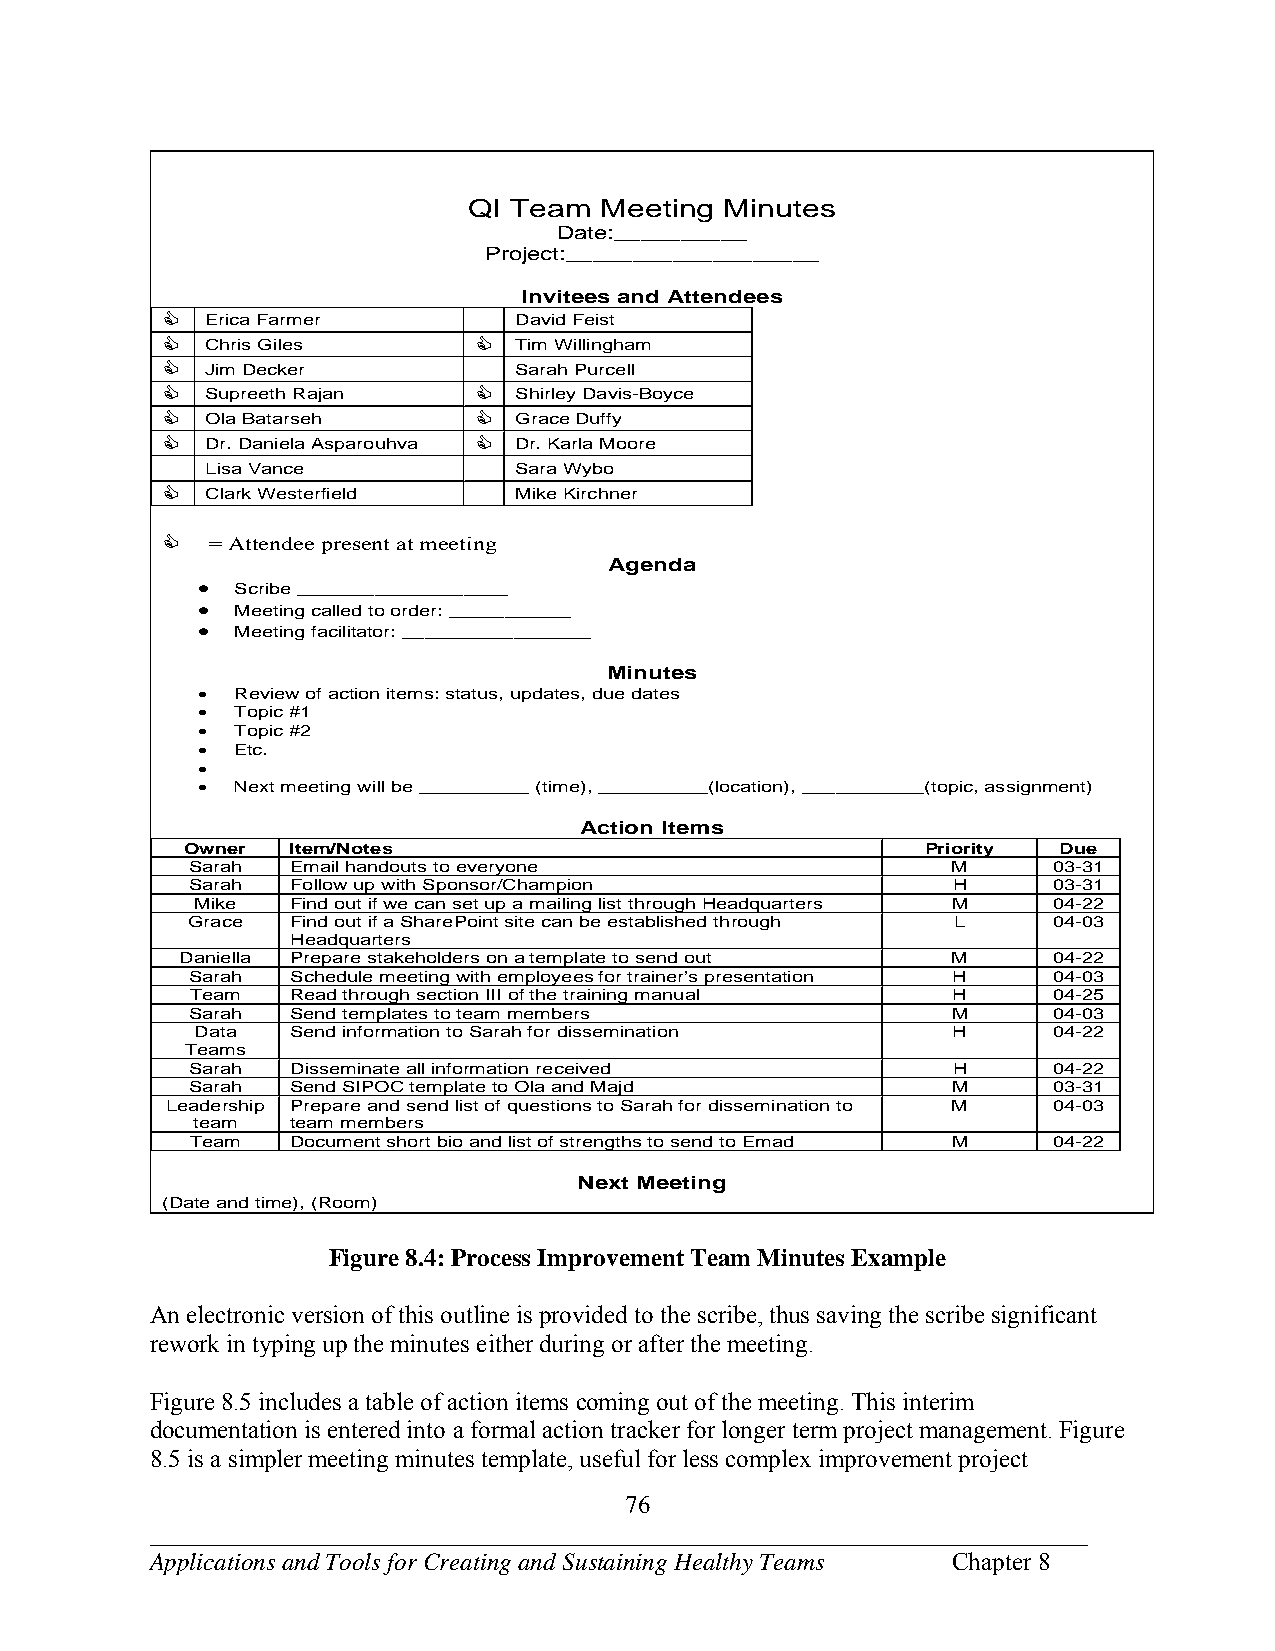
QI Team  Meeting Minutes
 Date:__________
 Project:___________________
 Invitees and Attendees
   Erica Farmer        David Feist
   Chris Giles        Tim Willingham
   Jim Decker          Sarah Purcell
   Supreeth Rajan     Shirley Davis-Boyce
   Ola Batarseh       Grace Duffy
   Dr. Daniela Asparouhva  Dr. Karla Moore
 Lisa Vance          Sara Wybo
   Clark Westerfield   Mike Kirchner
 
 = Attendee present at meeting
 Agenda
   Scribe ___________________
   Meeting called to order: ___________
   Meeting facilitator: _________________
 Minutes
   Review of action items: status, updates, due dates
   Topic #1
   Topic #2
   Etc.
 
   Next meeting will be __________ (time), __________(location), ___________(topic, assignment)
 Action Items
 Owner  Item/Notes                                Priority Due
 Sarah Email handouts to everyone                  M      03-31
 Sarah Follow up with Sponsor/Champion             H      03-31
 Mike  Find out if we can set up a mailing list through Headquarters M 04-22
 Grace  Find out if a SharePoint site can be established through L 04-03
 Headquarters
 Daniella Prepare stakeholders on a template to send out M 04-22
 Sarah Schedule meeting with employees for trainer’s presentation H 04-03
 Team  Read through section III of the training manual H  04-25
 Sarah Send templates to team members              M      04-03
 Data  Send information to Sarah for dissemination H      04-22
 Teams
 Sarah Disseminate all information received        H      04-22
 Sarah Send SIPOC template to Ola and Majd         M      03-31
 Leadership Prepare and send list of questions to Sarah for dissemination to M 04-03
 team  team members
 Team  Document short bio and list of strengths to send to Emad M 04-22
 Next Meeting
 (Date and time), (Room)
 Figure 8.4: Process Improvement Team Minutes Example
 An electronic version of this outline is provided to the scribe, thus saving the scribe significant
 rework in typing up the minutes either during or after the meeting.
 Figure 8.5 includes a table of action items coming out of the meeting. This interim
 documentation is entered into a formal action tracker for longer term project management. Figure
 8.5 is a simpler meeting minutes template, useful for less complex improvement project
 76
 ___________________________________________________________________________
 Applications and Tools for Creating and Sustaining Healthy Teams Chapter 8